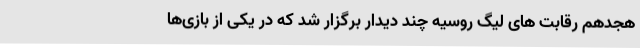
هجدهم رقابت های لیگ روسیه چند دیدار برگزار شد که در یکی از بازی‌ها